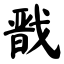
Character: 戬